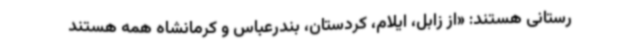
رستانی هستند: «از زابل، ایلام، کردستان، بندرعباس و کرمانشاه همه هستند